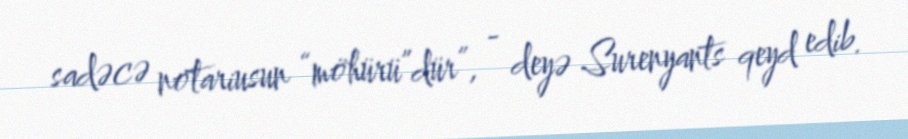
sadəcə notariusun “möhürü”dür”, - deyə Surenyants qeyd edib.